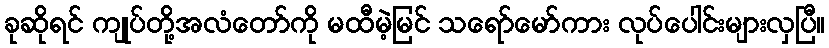
ခုဆိုရင် ကျုပ်တို့အလံတော်ကို မထီမဲ့မြင် သရော်မော်ကား လုပ်ပေါင်းများလှပြီ။